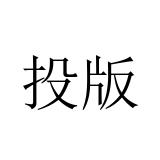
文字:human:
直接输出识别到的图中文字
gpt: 投版